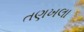
તણખલા